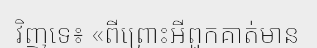
វិញទេ៖ «ពីព្រោះអីពួកគាត់មាន